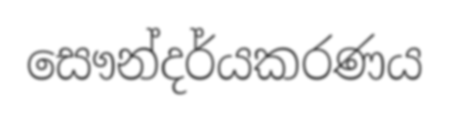
සෞන්දර්යකරණය